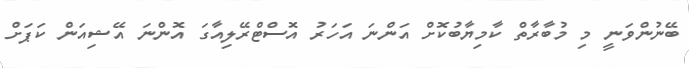
ބޭނުންވަނީ މި މުބާރާތް ކާމިޔާބުކޮށް އަންނަ އަހަރު އޮސްޓްރޭލިއާގަ އޮންނަ އޭޝިއަން ކަޕަށް